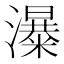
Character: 𱩾